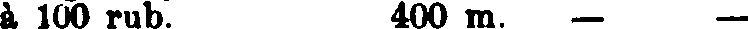
à 100 rub. 400 m. — —